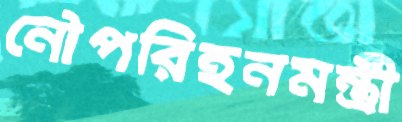
নৌপরিহনমন্ত্রী